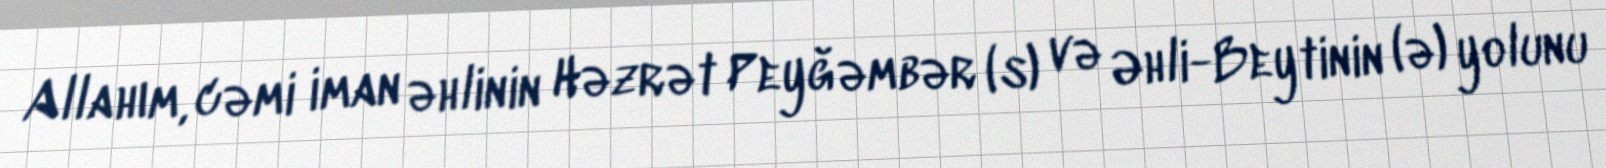
Allahım, cəmi iman əhlinin Həzrət Peyğəmbər (s) və Əhli-Beytinin (ə) yolunu